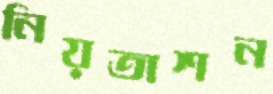
নিয়তাশন